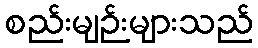
စည်းမျဉ်းများသည်